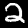
Digit: 2